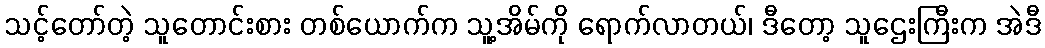
သင့်တော်တဲ့ သူတောင်းစား တစ်ယောက်က သူ့အိမ်ကို ရောက်လာတယ်၊ ဒီတော့ သူဌေးကြီးက အဲဒီ